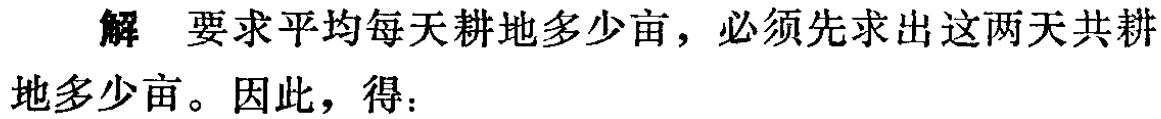
解 要求平均每天耕地多少亩，必须先求出这两天共耕地多少亩。因此，得：